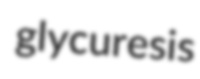
glycuresis